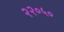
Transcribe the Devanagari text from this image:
२२०५०